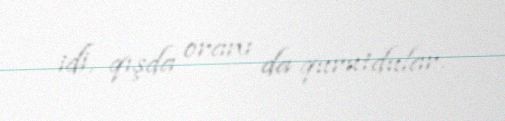
idi, qışda oranı da qurutdular.